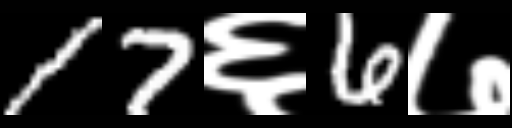
Text: 17६6७